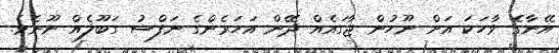
އޭނާގެ ވާހަކަ އަށް ނޫހުން ޖާގައެއް ދޭން އަހަރެންގެ ނަފްސު ގަބޫލެއް ނޫނެވެ.